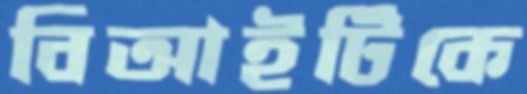
বিআইটিকে